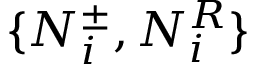
\{ N _ { i } ^ { \pm } , N _ { i } ^ { R } \}